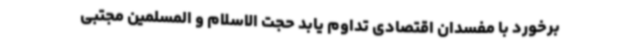
برخورد با مفسدان اقتصادی تداوم یابد حجت الاسلام و المسلمین مجتبی